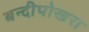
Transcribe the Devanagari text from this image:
बन्दीपोखरा